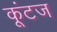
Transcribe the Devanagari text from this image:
कूंटज